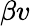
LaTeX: \beta v